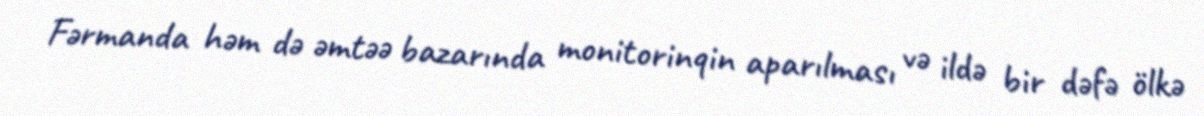
Fərmanda həm də əmtəə bazarında monitorinqin aparılması və ildə bir dəfə ölkə